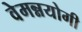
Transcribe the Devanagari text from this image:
वेमन्नयोगी